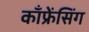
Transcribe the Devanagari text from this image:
काँफ्रेंसिंग